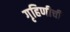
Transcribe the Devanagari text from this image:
गृहिणीची